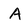
Character: A